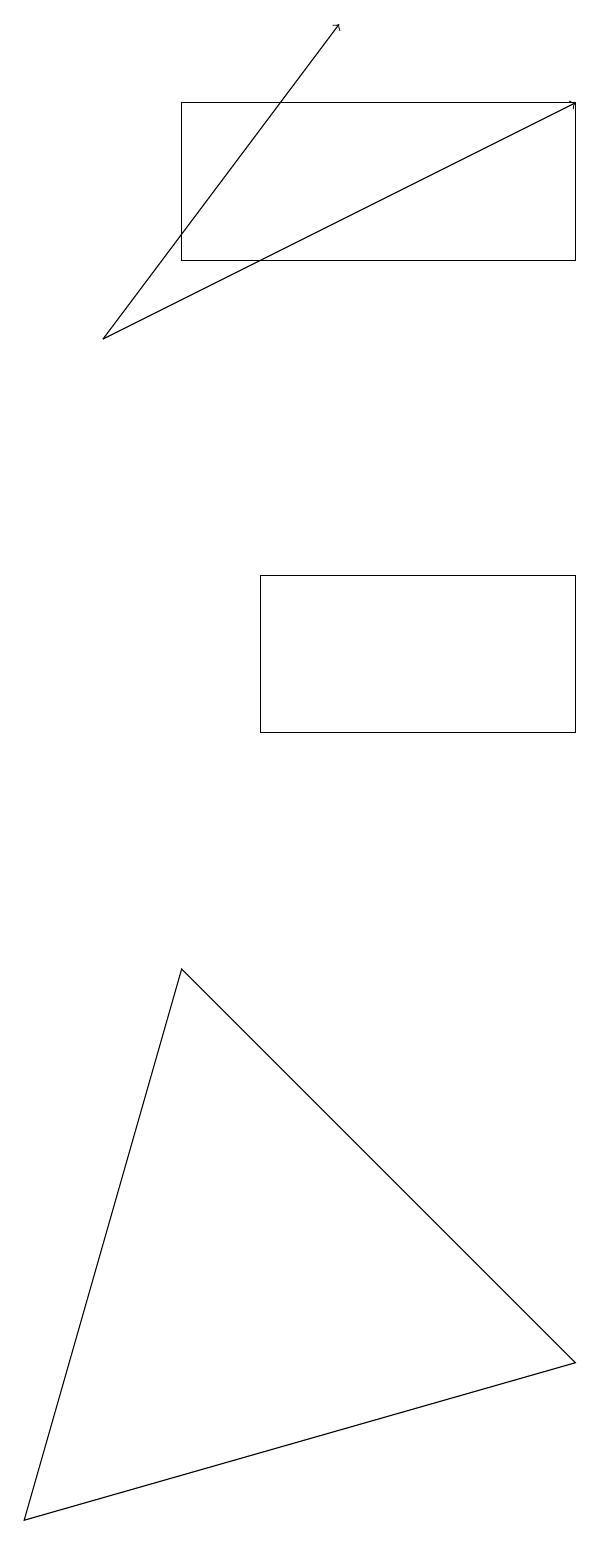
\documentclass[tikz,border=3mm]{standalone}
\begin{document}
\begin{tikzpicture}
\draw[->] (1,15) -- (4,19);
\draw (3,12) rectangle (7,10);
\draw (7,18) rectangle (2,16);
\draw[->] (1,15) -- (7,18);
\draw (2,7) -- (0,0) -- (7,2) -- cycle;
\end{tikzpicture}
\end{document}